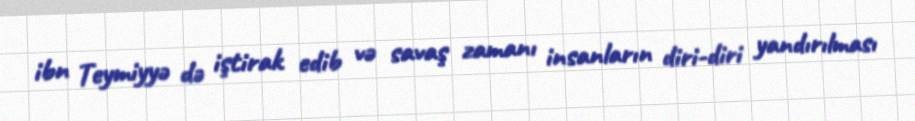
ibn Teymiyyə də iştirak edib və savaş zamanı insanların diri-diri yandırılması